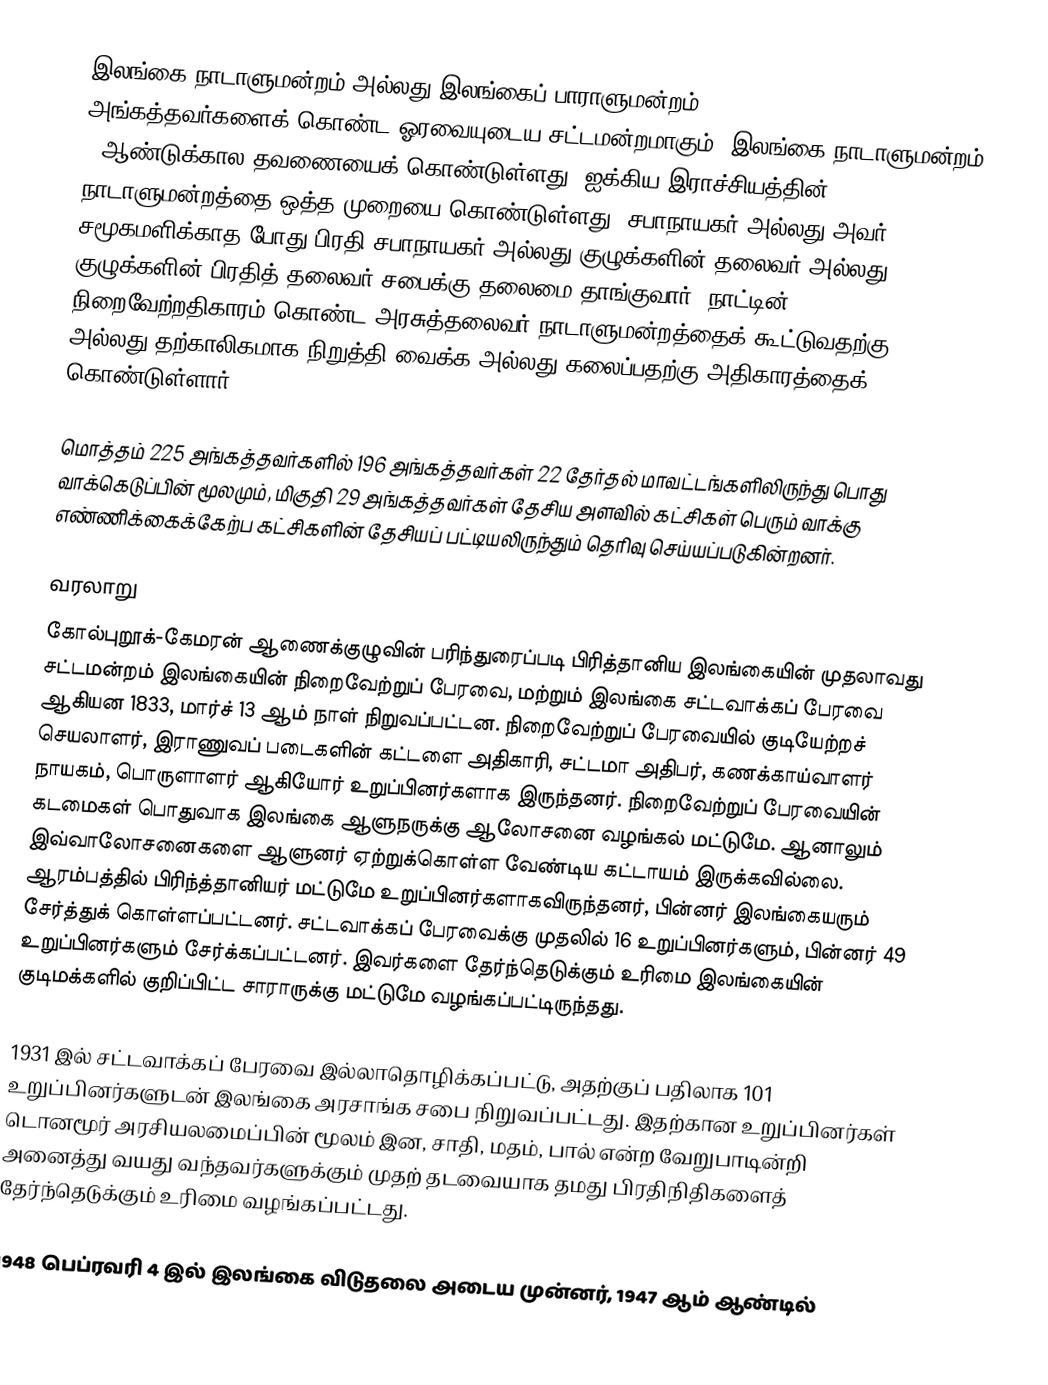
இலங்கை நாடாளுமன்றம் அல்லது இலங்கைப் பாராளுமன்றம் (Parliament of Sri Lanka) 225 அங்கத்தவர்களைக் கொண்ட ஓரவையுடைய சட்டமன்றமாகும். இலங்கை நாடாளுமன்றம் 6 ஆண்டுக்கால தவணையைக் கொண்டுள்ளது. ஐக்கிய இராச்சியத்தின் நாடாளுமன்றத்தை ஒத்த முறையை கொண்டுள்ளது. சபாநாயகர் அல்லது அவர் சமூகமளிக்காத போது  பிரதி சபாநாயகர் அல்லது குழுக்களின் தலைவர் அல்லது குழுக்களின் பிரதித் தலைவர் சபைக்கு தலைமை தாங்குவார். நாட்டின் நிறைவேற்றதிகாரம் கொண்ட அரசுத்தலைவர் நாடாளுமன்றத்தைக் கூட்டுவதற்கு அல்லது தற்காலிகமாக நிறுத்தி வைக்க அல்லது கலைப்பதற்கு அதிகாரத்தைக் கொண்டுள்ளார்.

மொத்தம் 225 அங்கத்தவர்களில் 196 அங்கத்தவர்கள் 22 தேர்தல் மாவட்டங்களிலிருந்து பொது வாக்கெடுப்பின் மூலமும், மிகுதி 29 அங்கத்தவர்கள் தேசிய அளவில் கட்சிகள் பெரும் வாக்கு எண்ணிக்கைக்கேற்ப கட்சிகளின் தேசியப் பட்டியலிருந்தும் தெரிவு செய்யப்படுகின்றனர்.

வரலாறு
கோல்புறூக்-கேமரன் ஆணைக்குழுவின் பரிந்துரைப்படி பிரித்தானிய இலங்கையின் முதலாவது சட்டமன்றம் இலங்கையின் நிறைவேற்றுப் பேரவை, மற்றும் இலங்கை சட்டவாக்கப் பேரவை ஆகியன 1833, மார்ச் 13 ஆம் நாள் நிறுவப்பட்டன. நிறைவேற்றுப் பேரவையில் குடியேற்றச் செயலாளர், இராணுவப் படைகளின் கட்டளை அதிகாரி, சட்டமா அதிபர், கணக்காய்வாளர் நாயகம், பொருளாளர் ஆகியோர் உறுப்பினர்களாக இருந்தனர். நிறைவேற்றுப் பேரவையின் கடமைகள் பொதுவாக இலங்கை ஆளுநருக்கு ஆலோசனை வழங்கல் மட்டுமே. ஆனாலும் இவ்வாலோசனைகளை ஆளுனர் ஏற்றுக்கொள்ள வேண்டிய கட்டாயம் இருக்கவில்லை. ஆரம்பத்தில் பிரிந்த்தானியர் மட்டுமே உறுப்பினர்களாகவிருந்தனர், பின்னர் இலங்கையரும் சேர்த்துக் கொள்ளப்பட்டனர். சட்டவாக்கப் பேரவைக்கு முதலில் 16 உறுப்பினர்களும், பின்னர் 49 உறுப்பினர்களும் சேர்க்கப்பட்டனர். இவர்களை தேர்ந்தெடுக்கும் உரிமை இலங்கையின் குடிமக்களில் குறிப்பிட்ட சாராருக்கு மட்டுமே வழங்கப்பட்டிருந்தது.

1931 இல் சட்டவாக்கப் பேரவை இல்லாதொழிக்கப்பட்டு, அதற்குப் பதிலாக 101 உறுப்பினர்களுடன் இலங்கை அரசாங்க சபை நிறுவப்பட்டது. இதற்கான உறுப்பினர்கள் டொனமூர் அரசியலமைப்பின் மூலம் இன, சாதி, மதம், பால் என்ற வேறுபாடின்றி அனைத்து வயது வந்தவர்களுக்கும் முதற் தடவையாக தமது பிரதிநிதிகளைத் தேர்ந்தெடுக்கும் உரிமை வழங்கப்பட்டது.

1948 பெப்ரவரி 4 இல் இலங்கை விடுதலை அடைய முன்னர், 1947 ஆம் ஆண்டில்